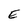
Character: E